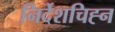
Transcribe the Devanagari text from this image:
निर्देशचिह्न